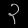
Digit: ၃